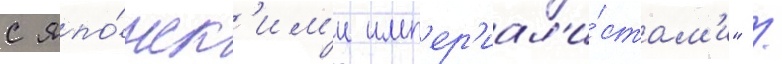
с япо́нск'им'и имп'ер'иал'и́стам'и" /